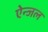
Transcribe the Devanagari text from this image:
ऐन्जल